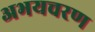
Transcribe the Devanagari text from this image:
अभयचरण